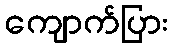
ကျောက်ပြား